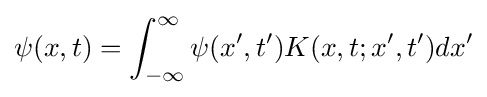
\psi (x,t)=\int _{-\infty }^{\infty }\psi (x',t')K(x,t;x',t')dx'